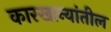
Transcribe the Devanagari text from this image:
कारखान्यांतील